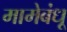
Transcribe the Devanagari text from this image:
मामेबंधू